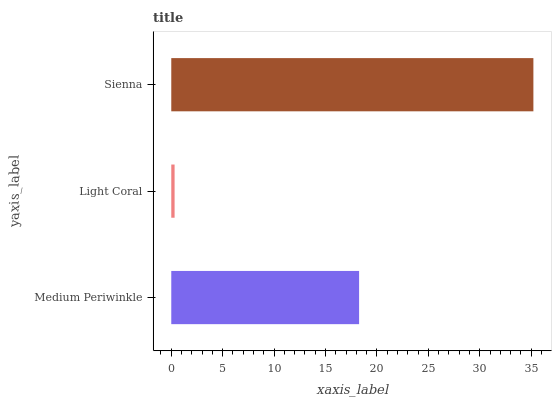
| yaxis_label | bars |
 | --- | --- |
 | Medium Periwinkle | 18.3 |
 | Light Coral | 0.324 |
 | Sienna | 35.2 |